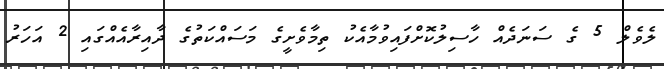
ލެވެލް 5 ގެ ސަނަދެއް ހާސިލުކޮށްފައިވުމާއެކު ތިމާވެށީގެ މަސައްކަތުގެ ދާއިރާއެއްގައި 2 އަހަރު